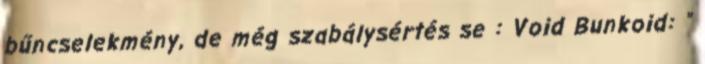
bűncselekmény, de még szabálysértés se : Void Bunkoid: "